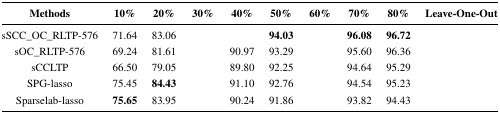
<table><thead><tr><td><b>Methods</b></td><td><b>10%</b></td><td><b>20%</b></td><td><b>30%</b></td><td><b>40%</b></td><td><b>50%</b></td><td><b>60%</b></td><td><b>70%</b></td><td><b>80%</b></td><td><b>Leave-One-Out</b></td></tr></thead><tbody><tr><td>sSCC_OC_RLTP-576</td><td>71.64</td><td>83.06</td><td>[EMPTY_CELL]</td><td>[EMPTY_CELL]</td><td><b>94.03</b></td><td>[EMPTY_CELL]</td><td><b>96.08</b></td><td><b>96.72</b></td><td>[EMPTY_CELL]</td></tr><tr><td>sOC_RLTP-576</td><td>69.24</td><td>81.61</td><td>[EMPTY_CELL]</td><td>90.97</td><td>93.29</td><td>[EMPTY_CELL]</td><td>95.60</td><td>96.36</td><td>[EMPTY_CELL]</td></tr><tr><td>sCCLTP</td><td>66.50</td><td>79.05</td><td>[EMPTY_CELL]</td><td>89.80</td><td>92.25</td><td>[EMPTY_CELL]</td><td>94.64</td><td>95.29</td><td>[EMPTY_CELL]</td></tr><tr><td>SPG-lasso</td><td>75.45</td><td><b>84.43</b></td><td>[EMPTY_CELL]</td><td>91.10</td><td>92.76</td><td>[EMPTY_CELL]</td><td>94.54</td><td>95.23</td><td>[EMPTY_CELL]</td></tr><tr><td>Sparselab-lasso</td><td><b>75.65</b></td><td>83.95</td><td>[EMPTY_CELL]</td><td>90.24</td><td>91.86</td><td>[EMPTY_CELL]</td><td>93.82</td><td>94.43</td><td>[EMPTY_CELL]</td></tr></tbody></table>